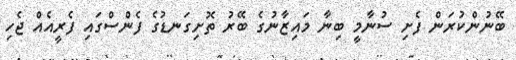
ބޭނުންކުރަން ފެށި ސުނާމީ ބިނާ މައިޒާނުގެ ބޭރު ތޮށިގަނޑުގެ ފެންސްގައި ފެރީއެއް ޖެހި